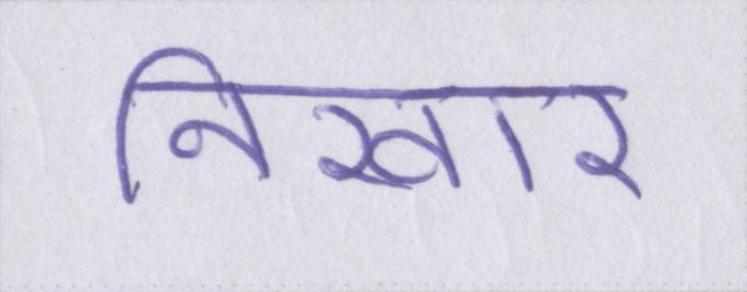
निखार